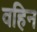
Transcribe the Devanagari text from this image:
वहिन